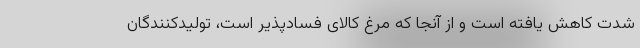
شدت کاهش یافته است و از آنجا که مرغ کالای فسادپذیر است، تولیدکنندگان